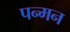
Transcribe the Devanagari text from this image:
पन्मन